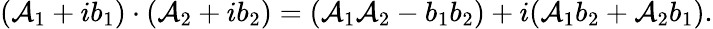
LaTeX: (\mathcal{A}_{1}+ib_{1})\cdot(\mathcal{A}_{2}+ib_{2})=(\mathcal{A}_{1}\mathcal{A}_{2}-b_{1}b_{2})+i(\mathcal{A}_{1}b_{2}+\mathcal{A}_{2}b_{1}).